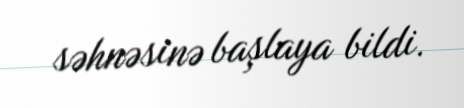
səhnəsinə başlaya bildi.